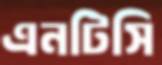
এনটিসি